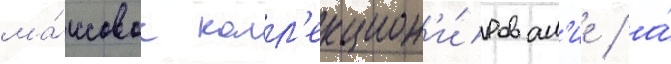
ма́ссовое колл'екцион'и́рован'ие / а́